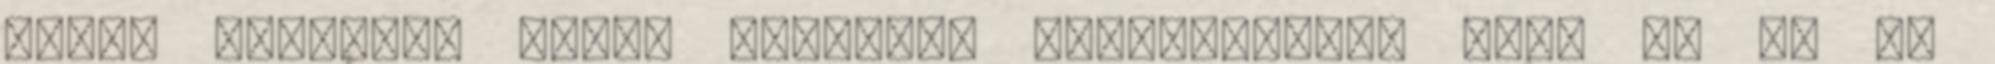
tudok olaszul. Pedig szívesen megtanulnám, hogy mi is az